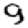
Digit: 9